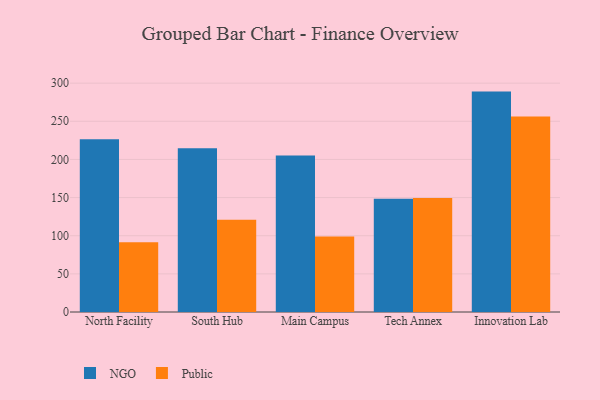
{"axis": {"x": "Campus", "y": "Revenue (USD Million)"}, "legend": ["NGO", "Public"], "data": [{"x": "North Facility", "y": 226.5, "type": "NGO"}, {"x": "North Facility", "y": 91.3, "type": "Public"}, {"x": "South Hub", "y": 214.5, "type": "NGO"}, {"x": "South Hub", "y": 120.9, "type": "Public"}, {"x": "Main Campus", "y": 205.0, "type": "NGO"}, {"x": "Main Campus", "y": 98.9, "type": "Public"}, {"x": "Tech Annex", "y": 148.5, "type": "NGO"}, {"x": "Tech Annex", "y": 149.4, "type": "Public"}, {"x": "Innovation Lab", "y": 288.9, "type": "NGO"}, {"x": "Innovation Lab", "y": 256.2, "type": "Public"}]}